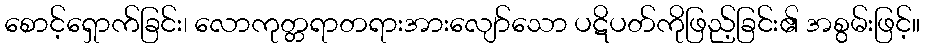
စောင့်ရှောက်ခြင်း၊ လောကုတ္တရာတရားအားလျော်သော ပဋိပတ်ကိုဖြည့်ခြင်း၏ အစွမ်းဖြင့်။